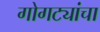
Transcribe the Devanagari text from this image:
गोगट्यांचा